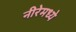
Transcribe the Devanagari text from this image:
नीरेमध्ये